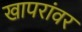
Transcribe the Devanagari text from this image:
खापरांवर